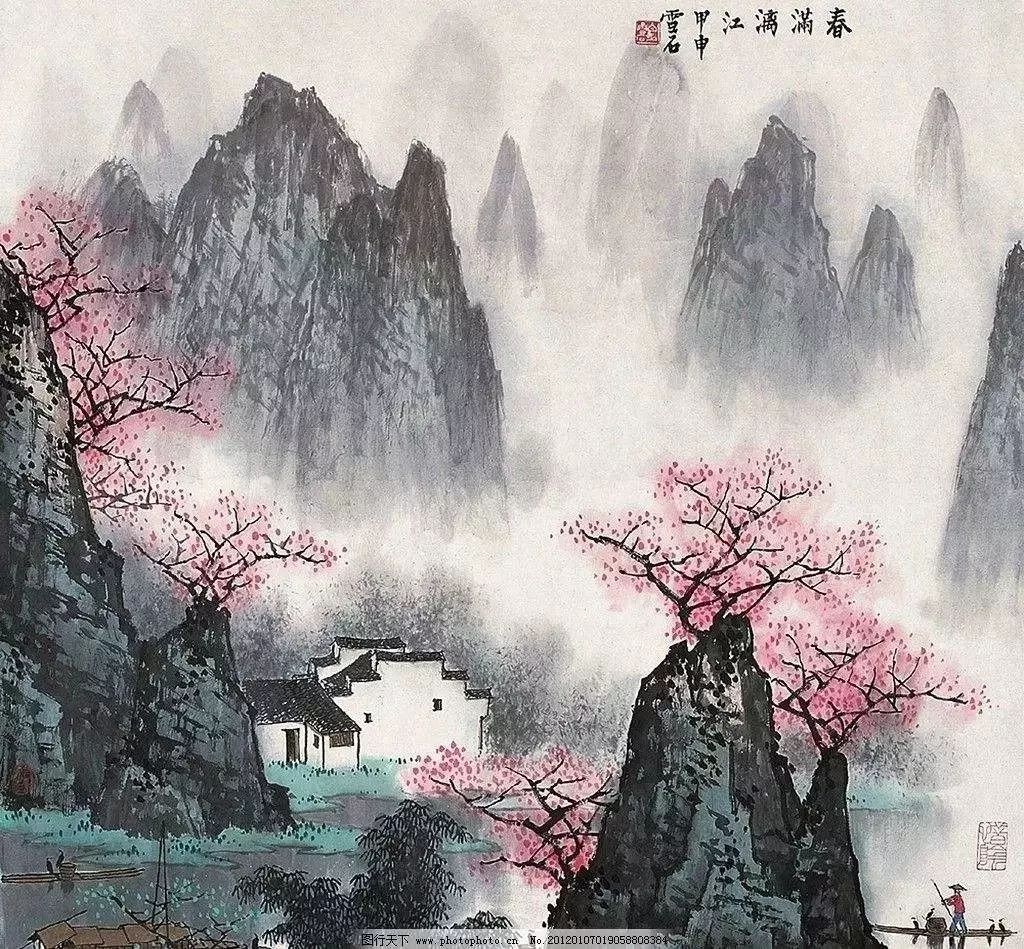
未老莫还乡，还乡须断肠。